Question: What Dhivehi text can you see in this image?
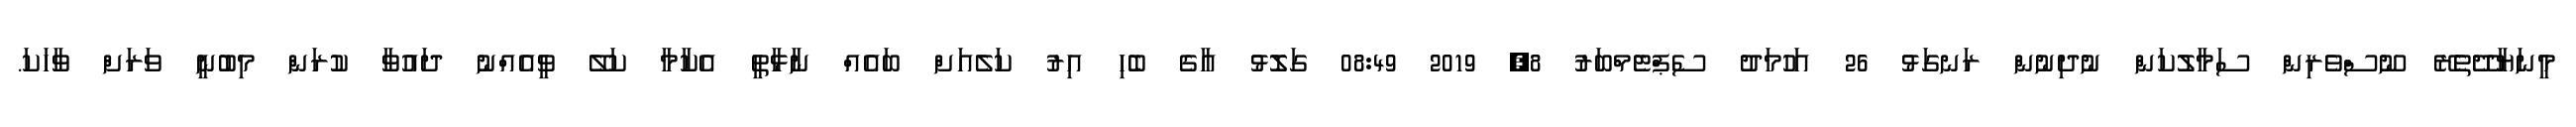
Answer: މީނަޔާދޭތެރޭ ނޫސްވެރިން ސަމާލުކަން ނުދިނުން ރަނގަޅު 26 އަހުމަދު ސެޕްޓެމްބަރު 8, 2019 08:49 ގަލޮޅު އާގެ ބެހި އިރު ކަލެއަށް ބައެއް ނާޅާތީ އެކާމާ ކަލޭ ވީއެއްނު ދައުވާ ކުރަން މިބުނީ ވަރަށް ވާހަކަ.